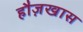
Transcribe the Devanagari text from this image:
हौज़खास